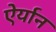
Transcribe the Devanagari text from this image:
ऐर्यान